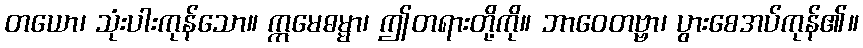
တယော၊ သုံးပါးကုန်သော။ ဣမေဓမ္မာ၊ ဤတရားတို့ကို။ ဘာဝေတဗ္ဗာ၊ ပွားစေအပ်ကုန်၏။